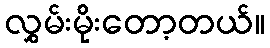
လွှမ်းမိုးတော့တယ်။